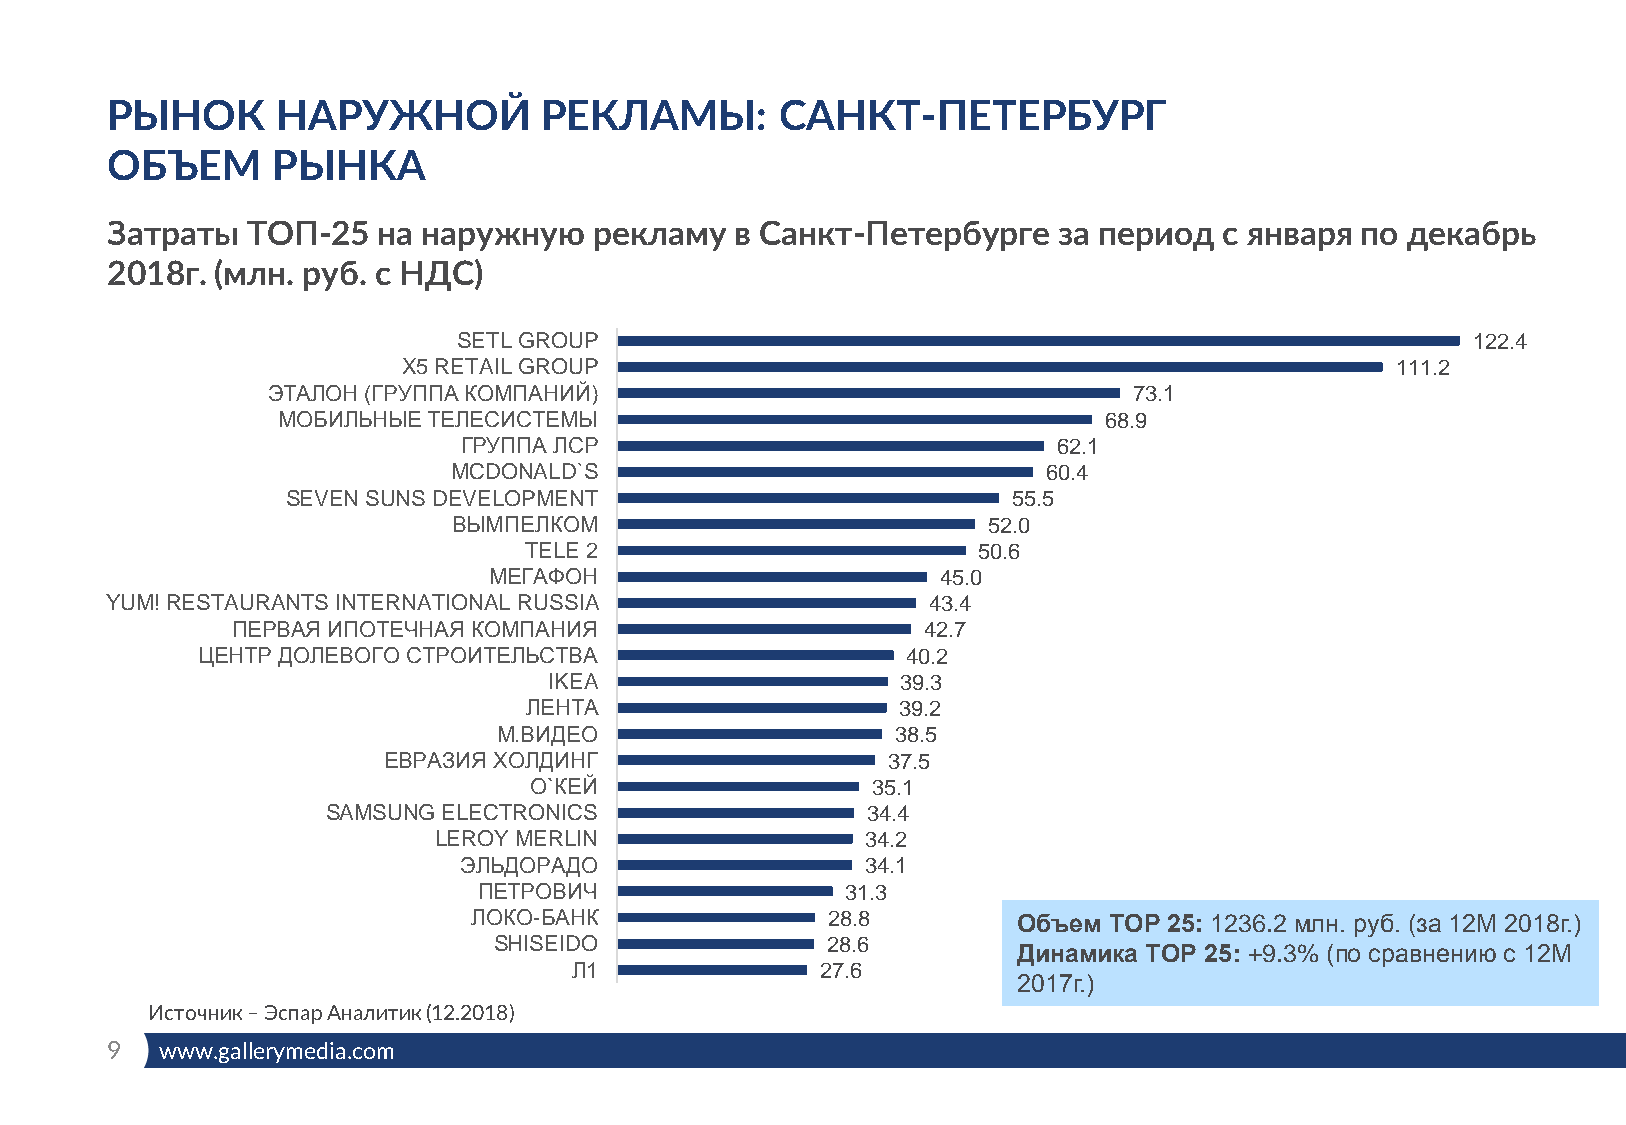
РЫНОК      НАРУЖНОЙ          РЕКЛАМЫ:        САНКТ-ПЕТЕРБУРГ
 ОБЪЕМ      РЫНКА
 Затраты  ТОП-25   на наружную   рекламу   в Санкт-Петербурге   за период  с января по декабрь
 2018г. (млн. руб. с НДС)
 SETL GROUP                                                         122.4
 X5 RETAIL GROUP                                                  111.2
 ЭТАЛОН (ГРУППА КОМПАНИЙ)                                 73.1
 МОБИЛЬНЫЕ ТЕЛЕСИСТЕМЫ                                  68.9
 ГРУППА ЛСР                              62.1
 MCDONALD`S                             60.4
 SEVEN SUNS DEVELOPMENT                          55.5
 ВЫМПЕЛКОМ                          52.0
 TELE 2                        50.6
 МЕГАФОН                       45.0
 YUM! RESTAURANTS INTERNATIONAL RUSSIA                 43.4
 ПЕРВАЯ ИПОТЕЧНАЯ КОМПАНИЯ                     42.7
 ЦЕНТР ДОЛЕВОГО СТРОИТЕЛЬСТВА                   40.2
 IKEA                    39.3
 ЛЕНТА                    39.2
 М.ВИДЕО                   38.5
 ЕВРАЗИЯ ХОЛДИНГ                   37.5
 О`КЕЙ                  35.1
 SAMSUNG ELECTRONICS                34.4
 LEROY MERLIN                34.2
 ЭЛЬДОРАДО                  34.1
 ПЕТРОВИЧ                31.3
 ЛОКО-БАНК               28.8        Объем ТОР 25: 1236.2 млн. руб. (за 12М 2018г.)
 SHISEIDO              28.6
 Динамика ТОР 25: +9.3% (по сравнению с 12М
 Л1              27.6
 2017г.)
 Источник –ЭспарАналитик (12.2018)
 9   www.gallerymedia.com